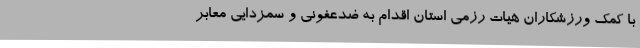
با کمک ورزشکاران هیات رزمی استان اقدام به ضدعفونی و سمزدایی معابر